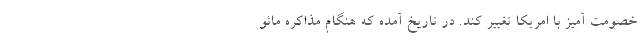
خصومت آمیز با امریکا تغییر کند. در تاریخ آمده که هنگام مذاکره مائو